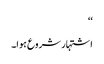
‘‘
اشتہار شروع ہوا۔